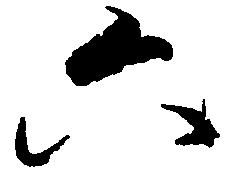
六